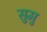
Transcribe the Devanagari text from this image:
सुमु